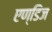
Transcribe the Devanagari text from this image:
एण्डिज